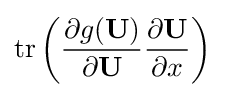
\operatorname {tr} \left({\frac {\partial g(\mathbf {U} )}{\partial \mathbf {U} }}{\frac {\partial \mathbf {U} }{\partial x}}\right)